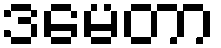
ဒမေတာ